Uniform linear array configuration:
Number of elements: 32
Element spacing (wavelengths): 0.5
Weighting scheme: cosine
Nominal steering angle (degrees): -45
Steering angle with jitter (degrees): -46.766
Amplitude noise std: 0.05
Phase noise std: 0.05

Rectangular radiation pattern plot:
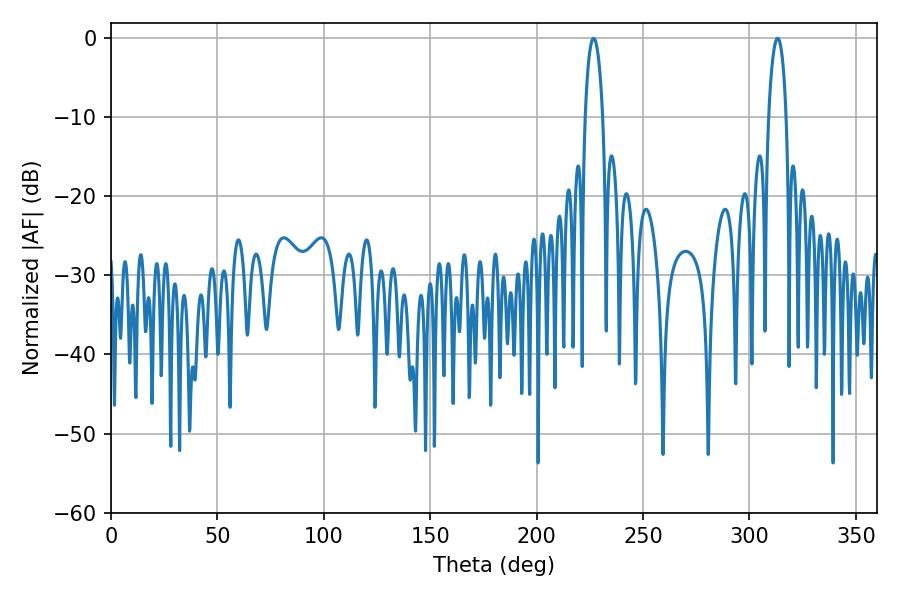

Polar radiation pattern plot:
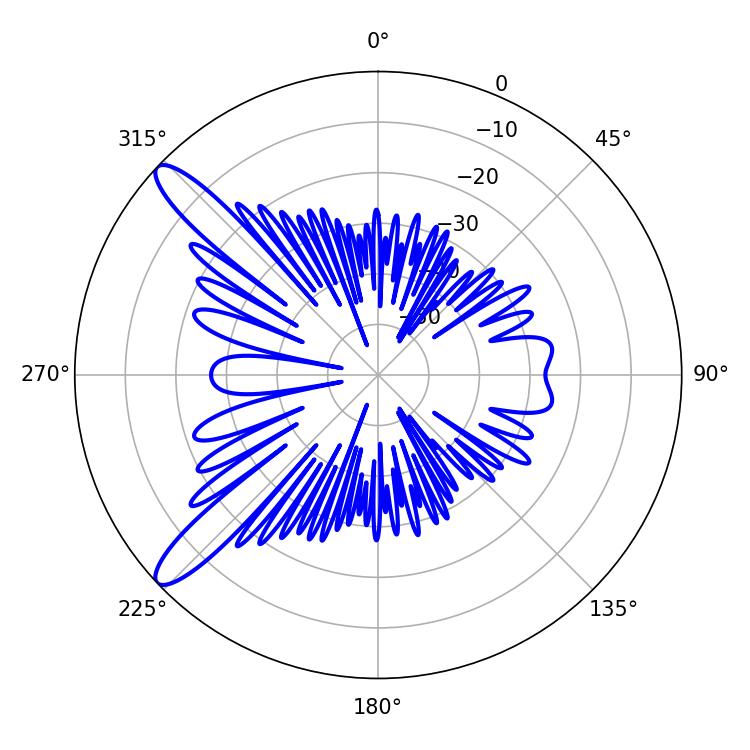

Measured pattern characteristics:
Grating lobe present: FALSE
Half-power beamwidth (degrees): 4.68
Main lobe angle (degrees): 226.8